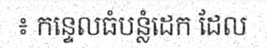
៖ កន្ទេលធំបន្លំដេក ដែល